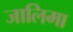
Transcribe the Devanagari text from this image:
जालिमा